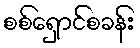
စစ်ရှောင်စခန်း